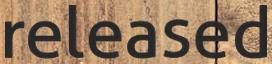
released